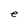
Character: e